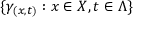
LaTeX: \{ \gamma _ { ( x , t ) } : x \in X , t \in \Lambda \}